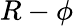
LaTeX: R-\phi